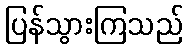
ပြန်သွားကြသည်